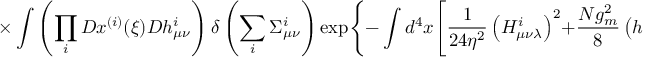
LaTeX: \times \int \left( \prod _ { i } ^ { } { \cal D } x ^ { ( i ) } ( \xi ) { \cal D } h _ { \mu \nu } ^ { i } \right) \delta \left( \sum _ { i } ^ { } \Sigma _ { \mu \nu } ^ { i } \right) \exp \Biggl \{ - \int d ^ { 4 } x \Biggl [ \frac { 1 } { 2 4 \eta ^ { 2 } } \left( H _ { \mu \nu \lambda } ^ { i } \right) ^ { 2 } + \frac { N g _ { m } ^ { 2 } } { 8 } \left( h _ { \mu \nu } ^ { i } \right) ^ { 2 } - i \pi h _ { \mu \nu } ^ { i } \Sigma _ { \mu \nu } ^ { i { \, } ( \alpha ) } \Biggr ] \Biggr \} .